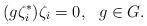
LaTeX: \begin{align*}(g\zeta^*_i)\zeta_i = 0, \ \ g \in G.\end{align*}